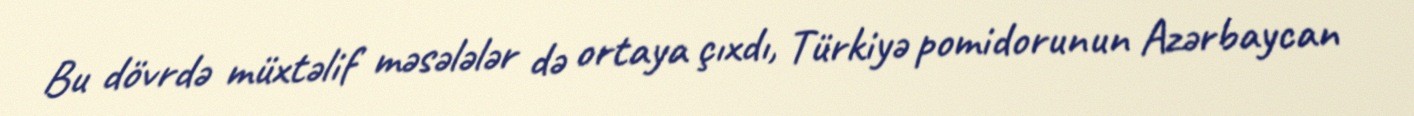
Bu dövrdə müxtəlif məsələlər də ortaya çıxdı, Türkiyə pomidorunun Azərbaycan